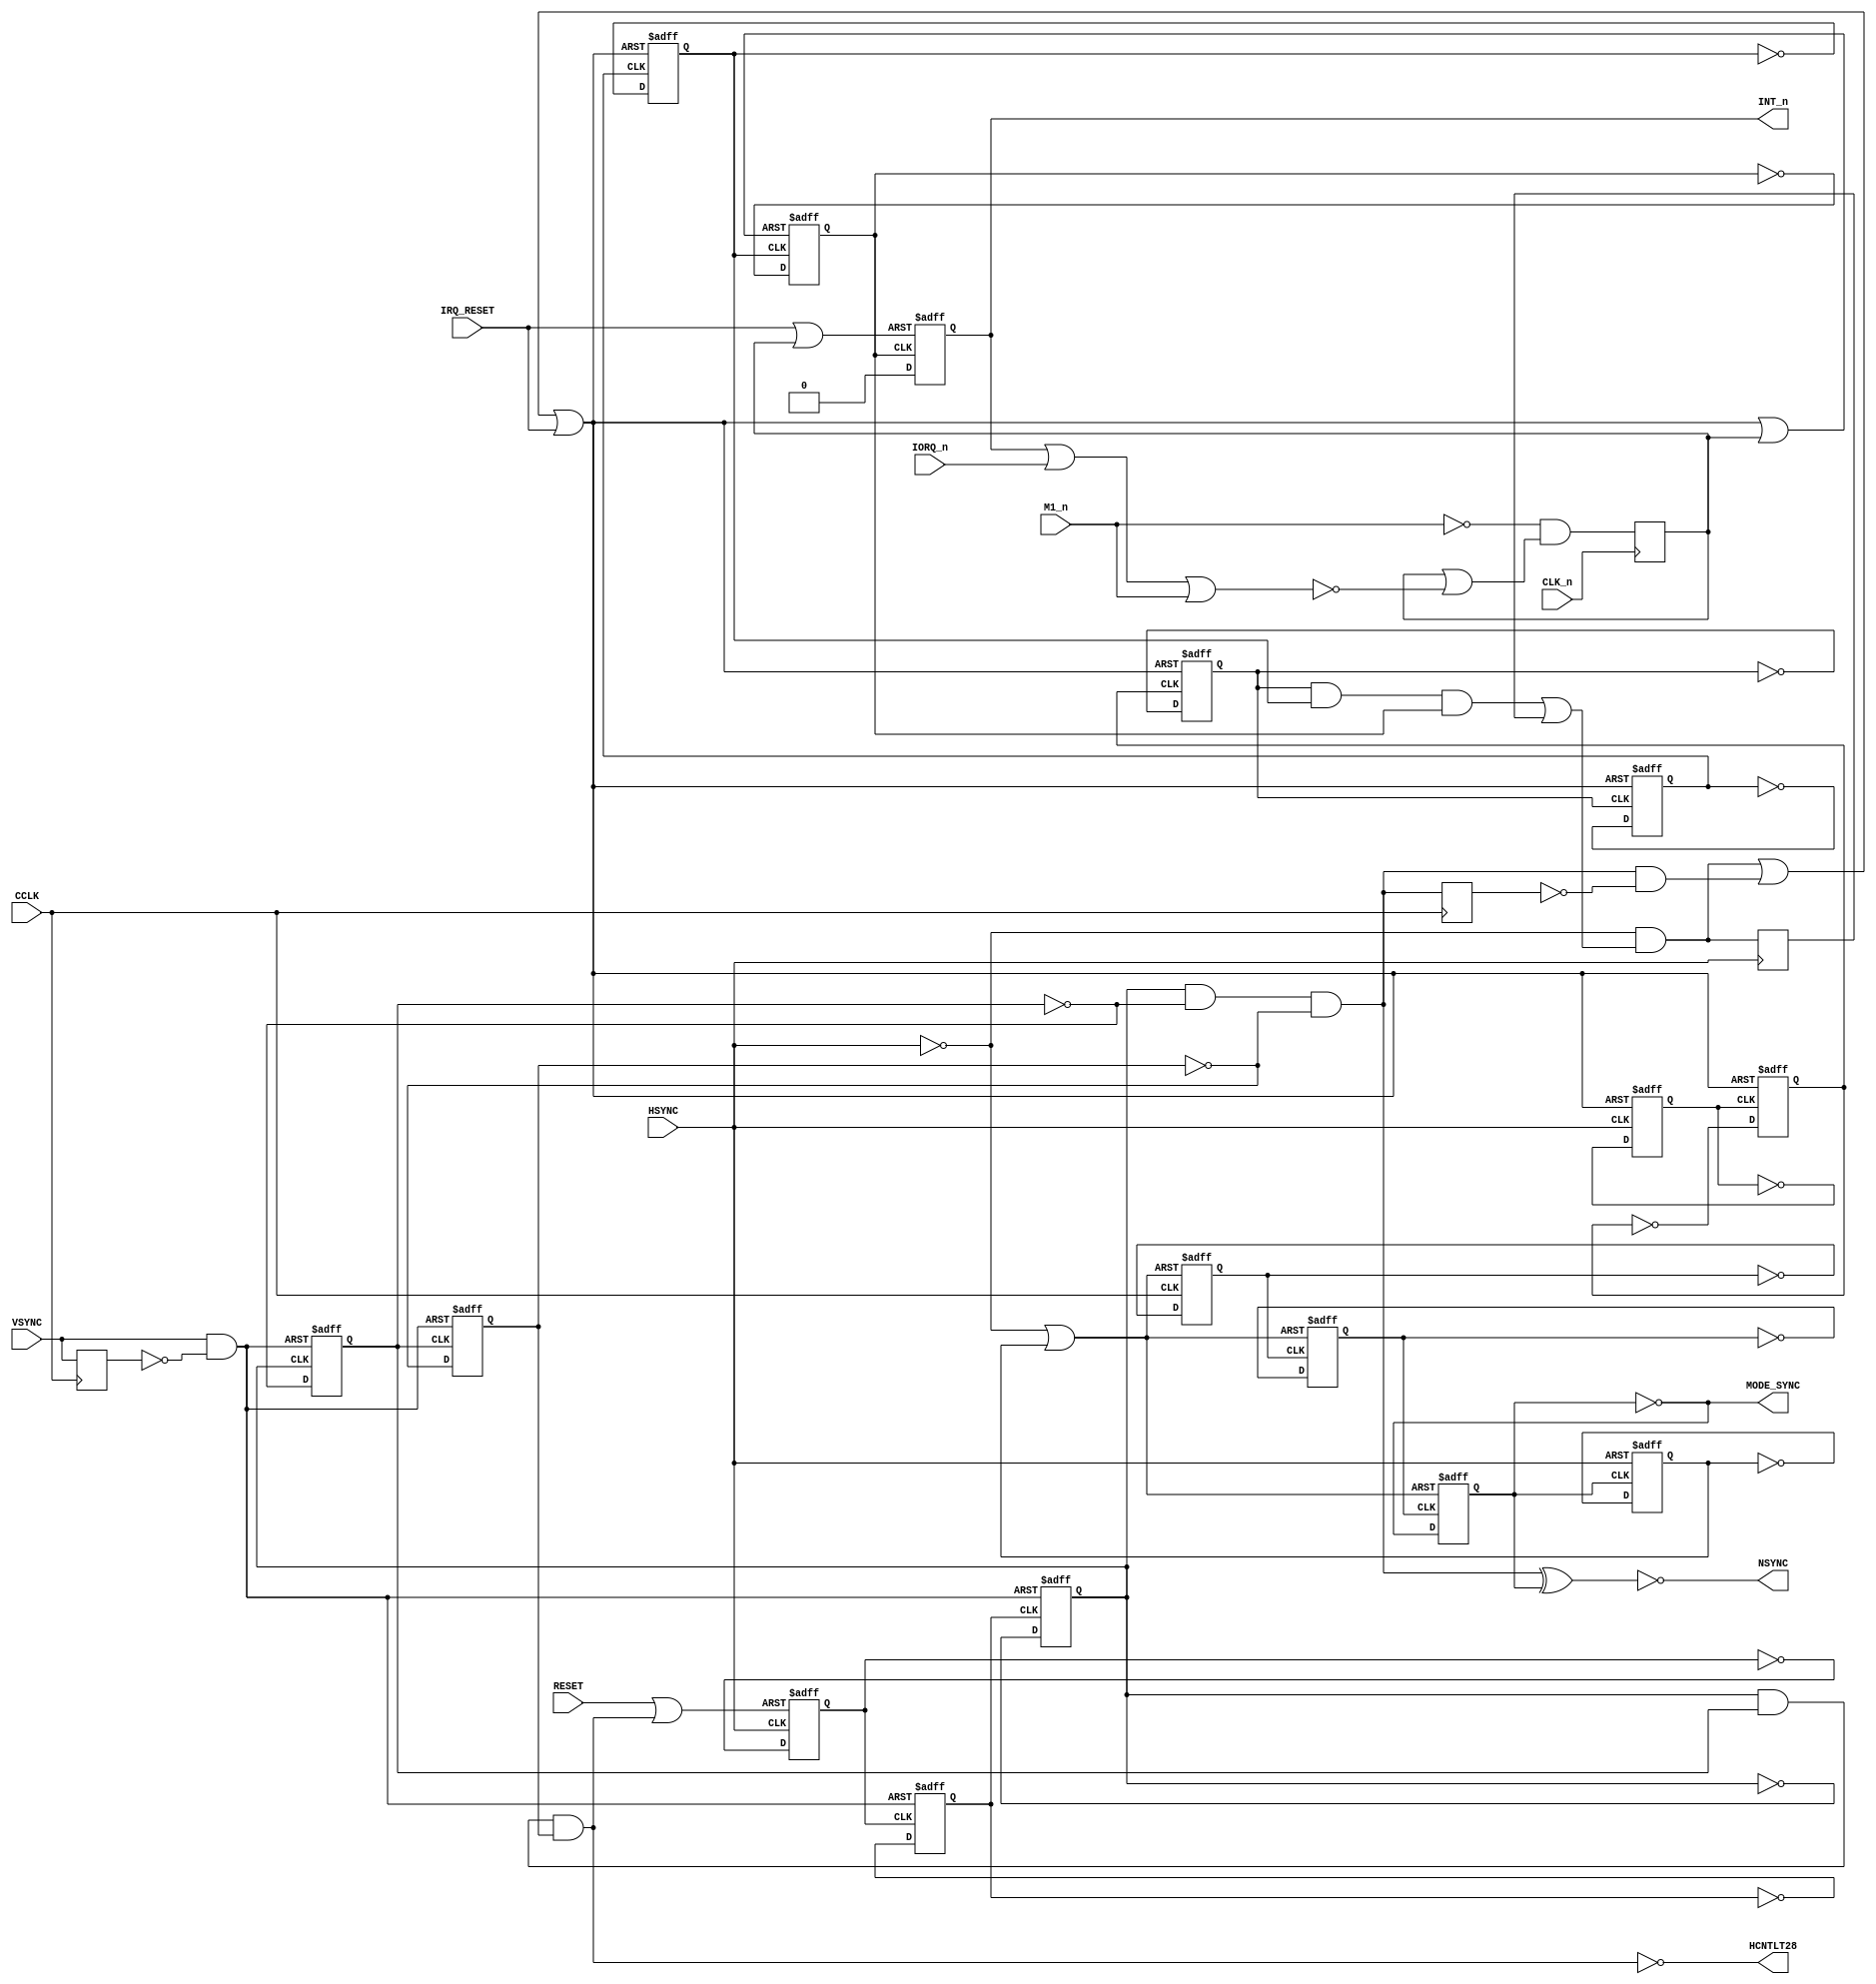
// This program was cloned from: https://github.com/codedchip/AMSGateArray
// License: GNU General Public License v3.0

// ===============================================================================
//
//  Amstrad CPC Gate Array for Xilinx X95288XL
//
//  Copyright (C) 2021 Darren Johnstone <darren@darrenjohnstone.scot>
//
//  This program is free software; you can redistribute it and/or modify it
//  under the terms of the GNU General Public License as published by the Free
//  Software Foundation; either version 2 of the License, or (at your option)
//  any later version.
//
//  This program is distributed in the hope that it will be useful, but WITHOUT
//  ANY WARRANTY; without even the implied warranty of MERCHANTABILITY or
//  FITNESS FOR A PARTICULAR PURPOSE.  See the GNU General Public License for
//  more details.
//
//  You should have received a copy of the GNU General Public License along
//  with this program; if not, write to the Free Software Foundation, Inc.,
//  51 Franklin Street, Fifth Floor, Boston, MA 02110-1301 USA.
//
//  Acknowledgements:
//
//  Based on 40010-simplified_V03.pdf by Gerald 
//  (https://www.cpcwiki.eu/forum/amstrad-cpc-hardware/gate-array-decapped!) 
//  
//  Partially based on the Amstrad MiSTer core by Gyorgy Szombathelyi
//  https://github.com/MiSTer-devel/Amstrad_MiSTer/tree/master/rtl/GA40010
// ===============================================================================
module VSync(input CLK_n,
             input CCLK,
             input HSYNC,
             input RESET,
             input VSYNC,
             input IORQ_n,
             input M1_n,
             input IRQ_RESET,
             output NSYNC,
             output MODE_SYNC,
             output HCNTLT28,
             output reg INT_n);
  reg[5 : 0] intcnt;
  reg[4 : 0] hcnt;
  reg[3 : 0] hdelay;
  reg vsync_d; // u803
  reg vsync_o_d; // u812

  reg irqack_rst;
  wire VSYNC_O;
  wire HSYNC_O;
  always
    @(negedge CCLK)
      begin
        vsync_d <= VSYNC;
        vsync_o_d <= VSYNC_O;
      end
  assign VSYNC_O = hcnt[2] & ~hcnt[3] & ~hcnt[4]; // u806
  wire HSYNC_n = ~HSYNC;

  reg intcntclr_52_r;
  wire intcntclr_52 = HSYNC_n & ((intcnt[2] & intcnt[4] & intcnt[5]) | intcntclr_52_r); // u816

  always
    @(posedge HSYNC_n)
      intcntclr_52_r <= intcntclr_52;

  wire intcntclr_4 = VSYNC_O & ~vsync_o_d; // u817
  wire intcnt_res0 = intcntclr_52 | intcntclr_4 | IRQ_RESET; // u831
  wire intcnt_res1 = intcnt_res0 | irqack_rst; // u833

  always
    @(posedge HSYNC_n,
      posedge intcnt_res0)
      if (intcnt_res0)
        intcnt[0] <= 0;
      else
        intcnt[0] <= ~intcnt[0];

  always
    @(negedge intcnt[0],
      posedge intcnt_res0)
      if (intcnt_res0)
        intcnt[1] <= 0;
      else
        intcnt[1] <= ~intcnt[1];

  always
    @(negedge intcnt[1],
      posedge intcnt_res0)
      if (intcnt_res0)
        intcnt[2] <= 0;
      else
        intcnt[2] <= ~intcnt[2];

  always
    @(negedge intcnt[2],
      posedge intcnt_res0)
      if (intcnt_res0)
        intcnt[3] <= 0;
      else
        intcnt[3] <= ~intcnt[3];

  always
    @(negedge intcnt[3],
      posedge intcnt_res0)
      if (intcnt_res0)
        intcnt[4] <= 0;
      else
        intcnt[4] <= ~intcnt[4];

  always
    @(negedge intcnt[4],
      posedge intcnt_res1)
      if (intcnt_res1)
        intcnt[5] <= 0;
      else
        intcnt[5] <= ~intcnt[5];

  assign HCNTLT28 = ~(hcnt[2] & hcnt[3] & hcnt[4]); // u802
  wire hcnt_res0 = RESET | ~HCNTLT28; // u805
  always
    @(posedge HSYNC_n,
      posedge hcnt_res0)
      if (hcnt_res0)
        hcnt[0] <= 0;
      else
        hcnt[0] <= ~hcnt[0];

  wire hcnt_res1 = VSYNC & ~vsync_d; // u810
  always
    @(negedge hcnt[0],
      posedge hcnt_res1)
      if (hcnt_res1)
        hcnt[1] <= 0;
      else
        hcnt[1] <= ~hcnt[1];

  always
    @(posedge hcnt[1],
      posedge hcnt_res1)
      if (hcnt_res1)
        hcnt[2] <= 0;
      else
        hcnt[2] <= ~hcnt[2];

  always
    @(negedge hcnt[2],
      posedge hcnt_res1)
      if (hcnt_res1)
        hcnt[3] <= 0;
      else
        hcnt[3] <= ~hcnt[3];

  always
    @(negedge hcnt[3],
      posedge hcnt_res1)
      if (hcnt_res1)
        hcnt[4] <= 0;
      else
        hcnt[4] <= ~hcnt[4];

  wire hdelay_res0 = HSYNC_n | hdelay[3]; // u804
  wire hdelay_res1 = HSYNC_n; // u822

  always
    @(negedge CCLK,
      posedge hdelay_res0)
      if (hdelay_res0)
        hdelay[0] <= 0;
      else
        hdelay[0] <= ~hdelay[0];

  always
    @(negedge hdelay[0],
      posedge hdelay_res0)
      if (hdelay_res0)
        hdelay[1] <= 0;
      else
        hdelay[1] <= ~hdelay[1];

  always
    @(posedge hdelay[1],
      posedge hdelay_res0)
      if (hdelay_res0)
        hdelay[2] <= 0;
      else
        hdelay[2] <= ~hdelay[2];

  always
    @(negedge hdelay[2],
      posedge hdelay_res1)
      if (hdelay_res1)
        hdelay[3] <= 0;
      else
        hdelay[3] <= ~hdelay[3];
        
  assign HSYNC_O = hdelay[2];
  assign NSYNC = ~(VSYNC_O ^ HSYNC_O);
  assign MODE_SYNC = ~hdelay[2];

  wire int_reset = IRQ_RESET | irqack_rst;
  always
    @(negedge intcnt[5],
      posedge int_reset)
      begin
        if (int_reset)
          INT_n <= 1;
        else
          INT_n <= 0;
      end

  always
    @(posedge CLK_n)
      irqack_rst = ~M1_n & (irqack_rst | ~(INT_n | IORQ_n | M1_n));
endmodule